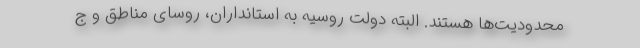
محدودیت‌ها هستند. البته دولت روسیه به استانداران، روسای مناطق و ج